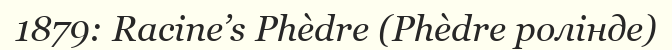
1879: Racine’s Phèdre (Phèdre ролінде)